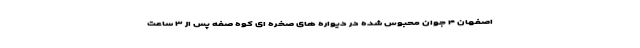
اصفهان ۴ جوان محبوس شده در دیواره های صخره ای کوه صفه پس از ۳ ساعت